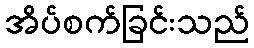
အိပ်စက်ခြင်းသည်